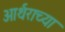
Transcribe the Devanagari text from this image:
आर्थराच्या